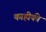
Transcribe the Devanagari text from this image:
काहीकी